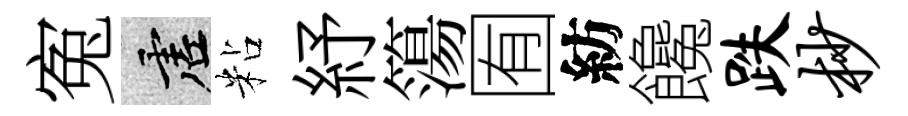
寃虚粘紓簜囿紡饞跌杪